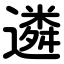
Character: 遴